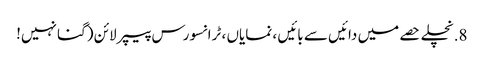
8. نچلے حصے میں دائیں سے بائیں ، نمایاں ، ٹرانسورس پیپر لائن (گنا نہیں!